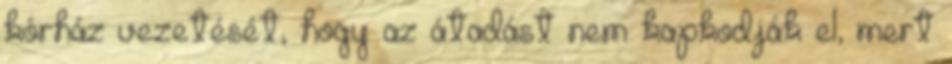
kórház vezetését, hogy az átadást nem kapkodják el, mert